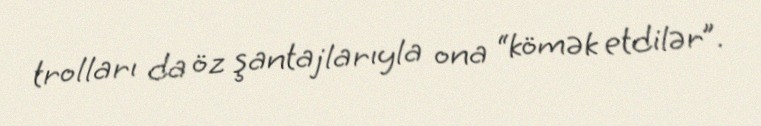
trolları da öz şantajlarıyla ona “kömək etdilər”.